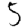
Digit: 5